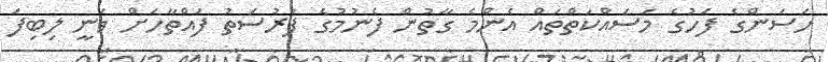
ހަސަންގެ ފަހުގެ މަސައްކަތްތައް އެންމެ ގާތުން ފެނުމުގެ ފުރުސަތު ފައްތާހަށް ވަނީ ލިބިފަ